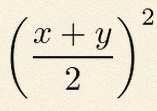
\left(\frac{x+y}{2}\right)^2